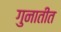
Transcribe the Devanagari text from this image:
गुनातीत